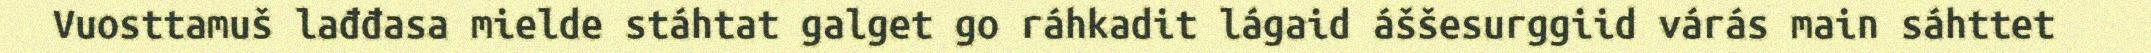
Vuosttamuš lađđasa mielde stáhtat galget go ráhkadit lágaid áššesurggiid várás main sáhttet